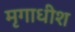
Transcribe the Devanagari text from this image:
मृगाधीश